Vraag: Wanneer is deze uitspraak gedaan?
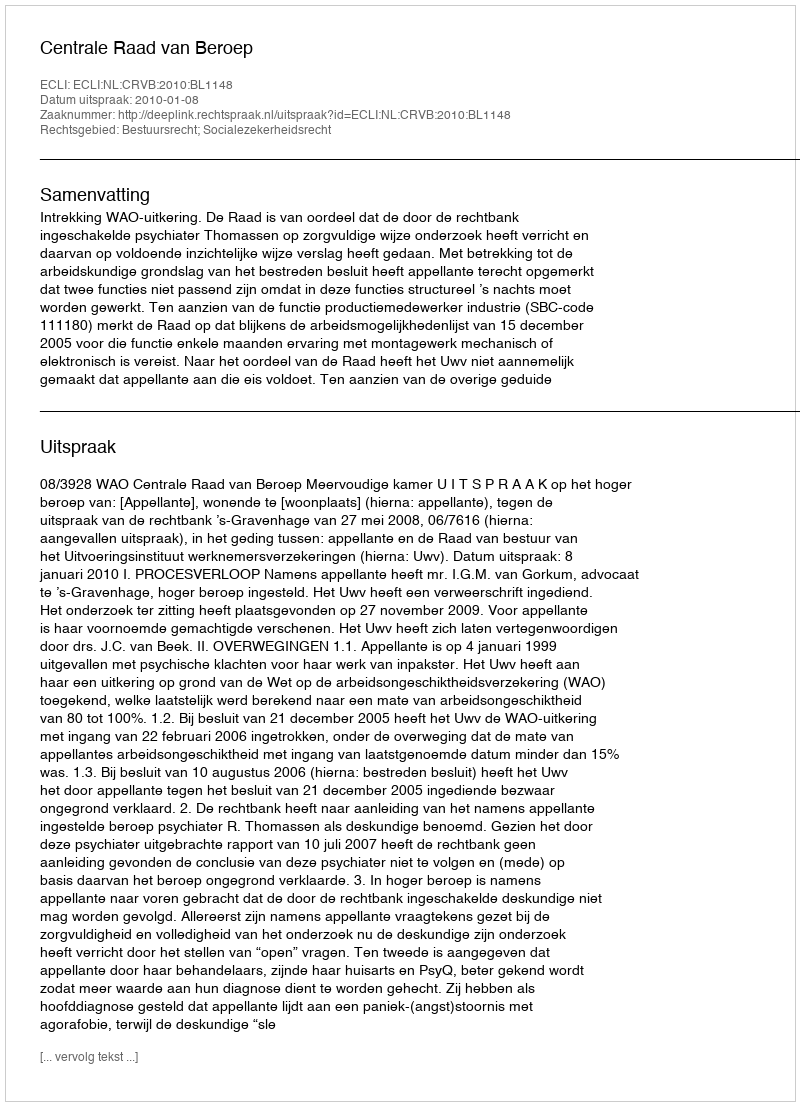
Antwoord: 2010-01-08